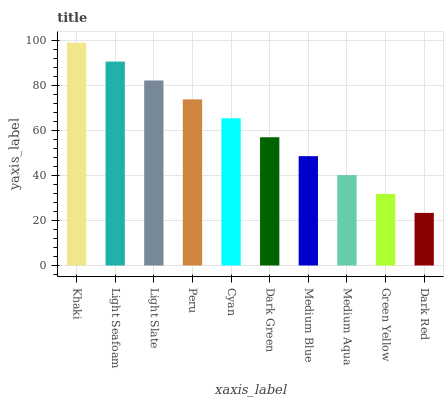
| xaxis_label | bars |
 | --- | --- |
 | Khaki | 99 |
 | Light Seafoam | 90.6 |
 | Light Slate | 82.2 |
 | Peru | 73.8 |
 | Cyan | 65.4 |
 | Dark Green | 57 |
 | Medium Blue | 48.6 |
 | Medium Aqua | 40.2 |
 | Green Yellow | 31.8 |
 | Dark Red | 23.4 |